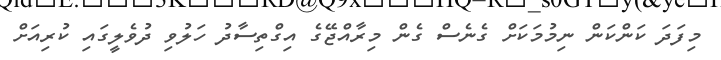
މިފަދަ ކަންކަން ނިމުމަކަށް ގެނެސް ގެން މިރާއްޖޭގެ އިގްތިސާދު ހަލުވި ދުވެލީގައި ކުރިއަށް